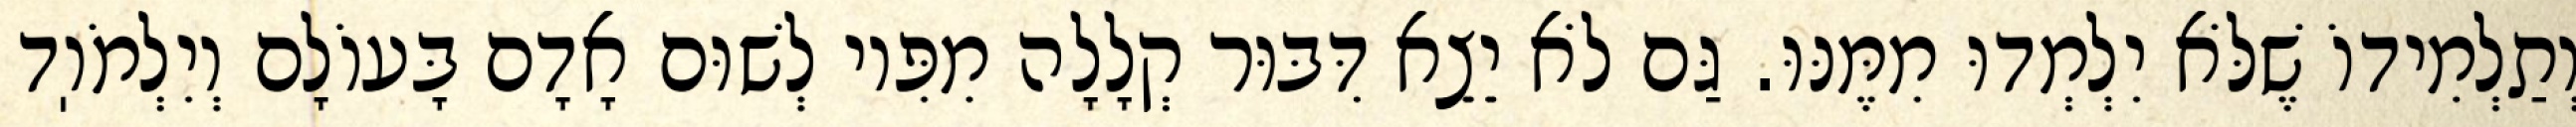
וְתַלְמִידוֹ שֶׁלֹּא יִלְמְדוּ מִמֶּנּוּ. גַּם לֹא יֵצֵא דִּבּוּר קְלָלָה מִפִּיו לְשׁוּם אָדָם בָּעוֹלָם וְיִלְמֹוֽד